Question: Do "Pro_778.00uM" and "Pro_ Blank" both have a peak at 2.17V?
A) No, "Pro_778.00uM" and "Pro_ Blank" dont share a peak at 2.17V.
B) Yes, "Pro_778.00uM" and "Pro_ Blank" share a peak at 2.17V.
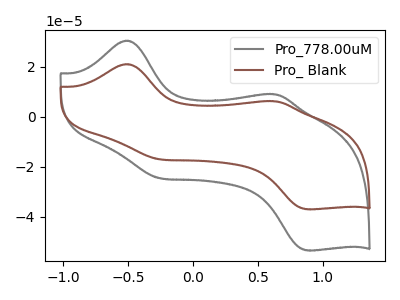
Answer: <think>The gray curve "Pro_778.00uM" has anodic peaks at (-0.50V, 30.55uA) (0.65V, 9.05uA) and cathodic peaks at (-0.25V, -24.55uA) (0.90V, -53.45uA). The brown curve "Pro_ Blank" has anodic peaks at (-0.50V, 21.15uA) (0.65V, 6.25uA) and cathodic peaks at (-0.25V, -16.95uA) (0.90V, -37.00uA).</think>
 <answer>A) No, "Pro_778.00uM" and "Pro_ Blank" dont share a peak at 2.17V.</answer>
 <eval>A</eval>